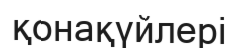
қонақүйлері